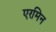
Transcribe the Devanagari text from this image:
एरमिन